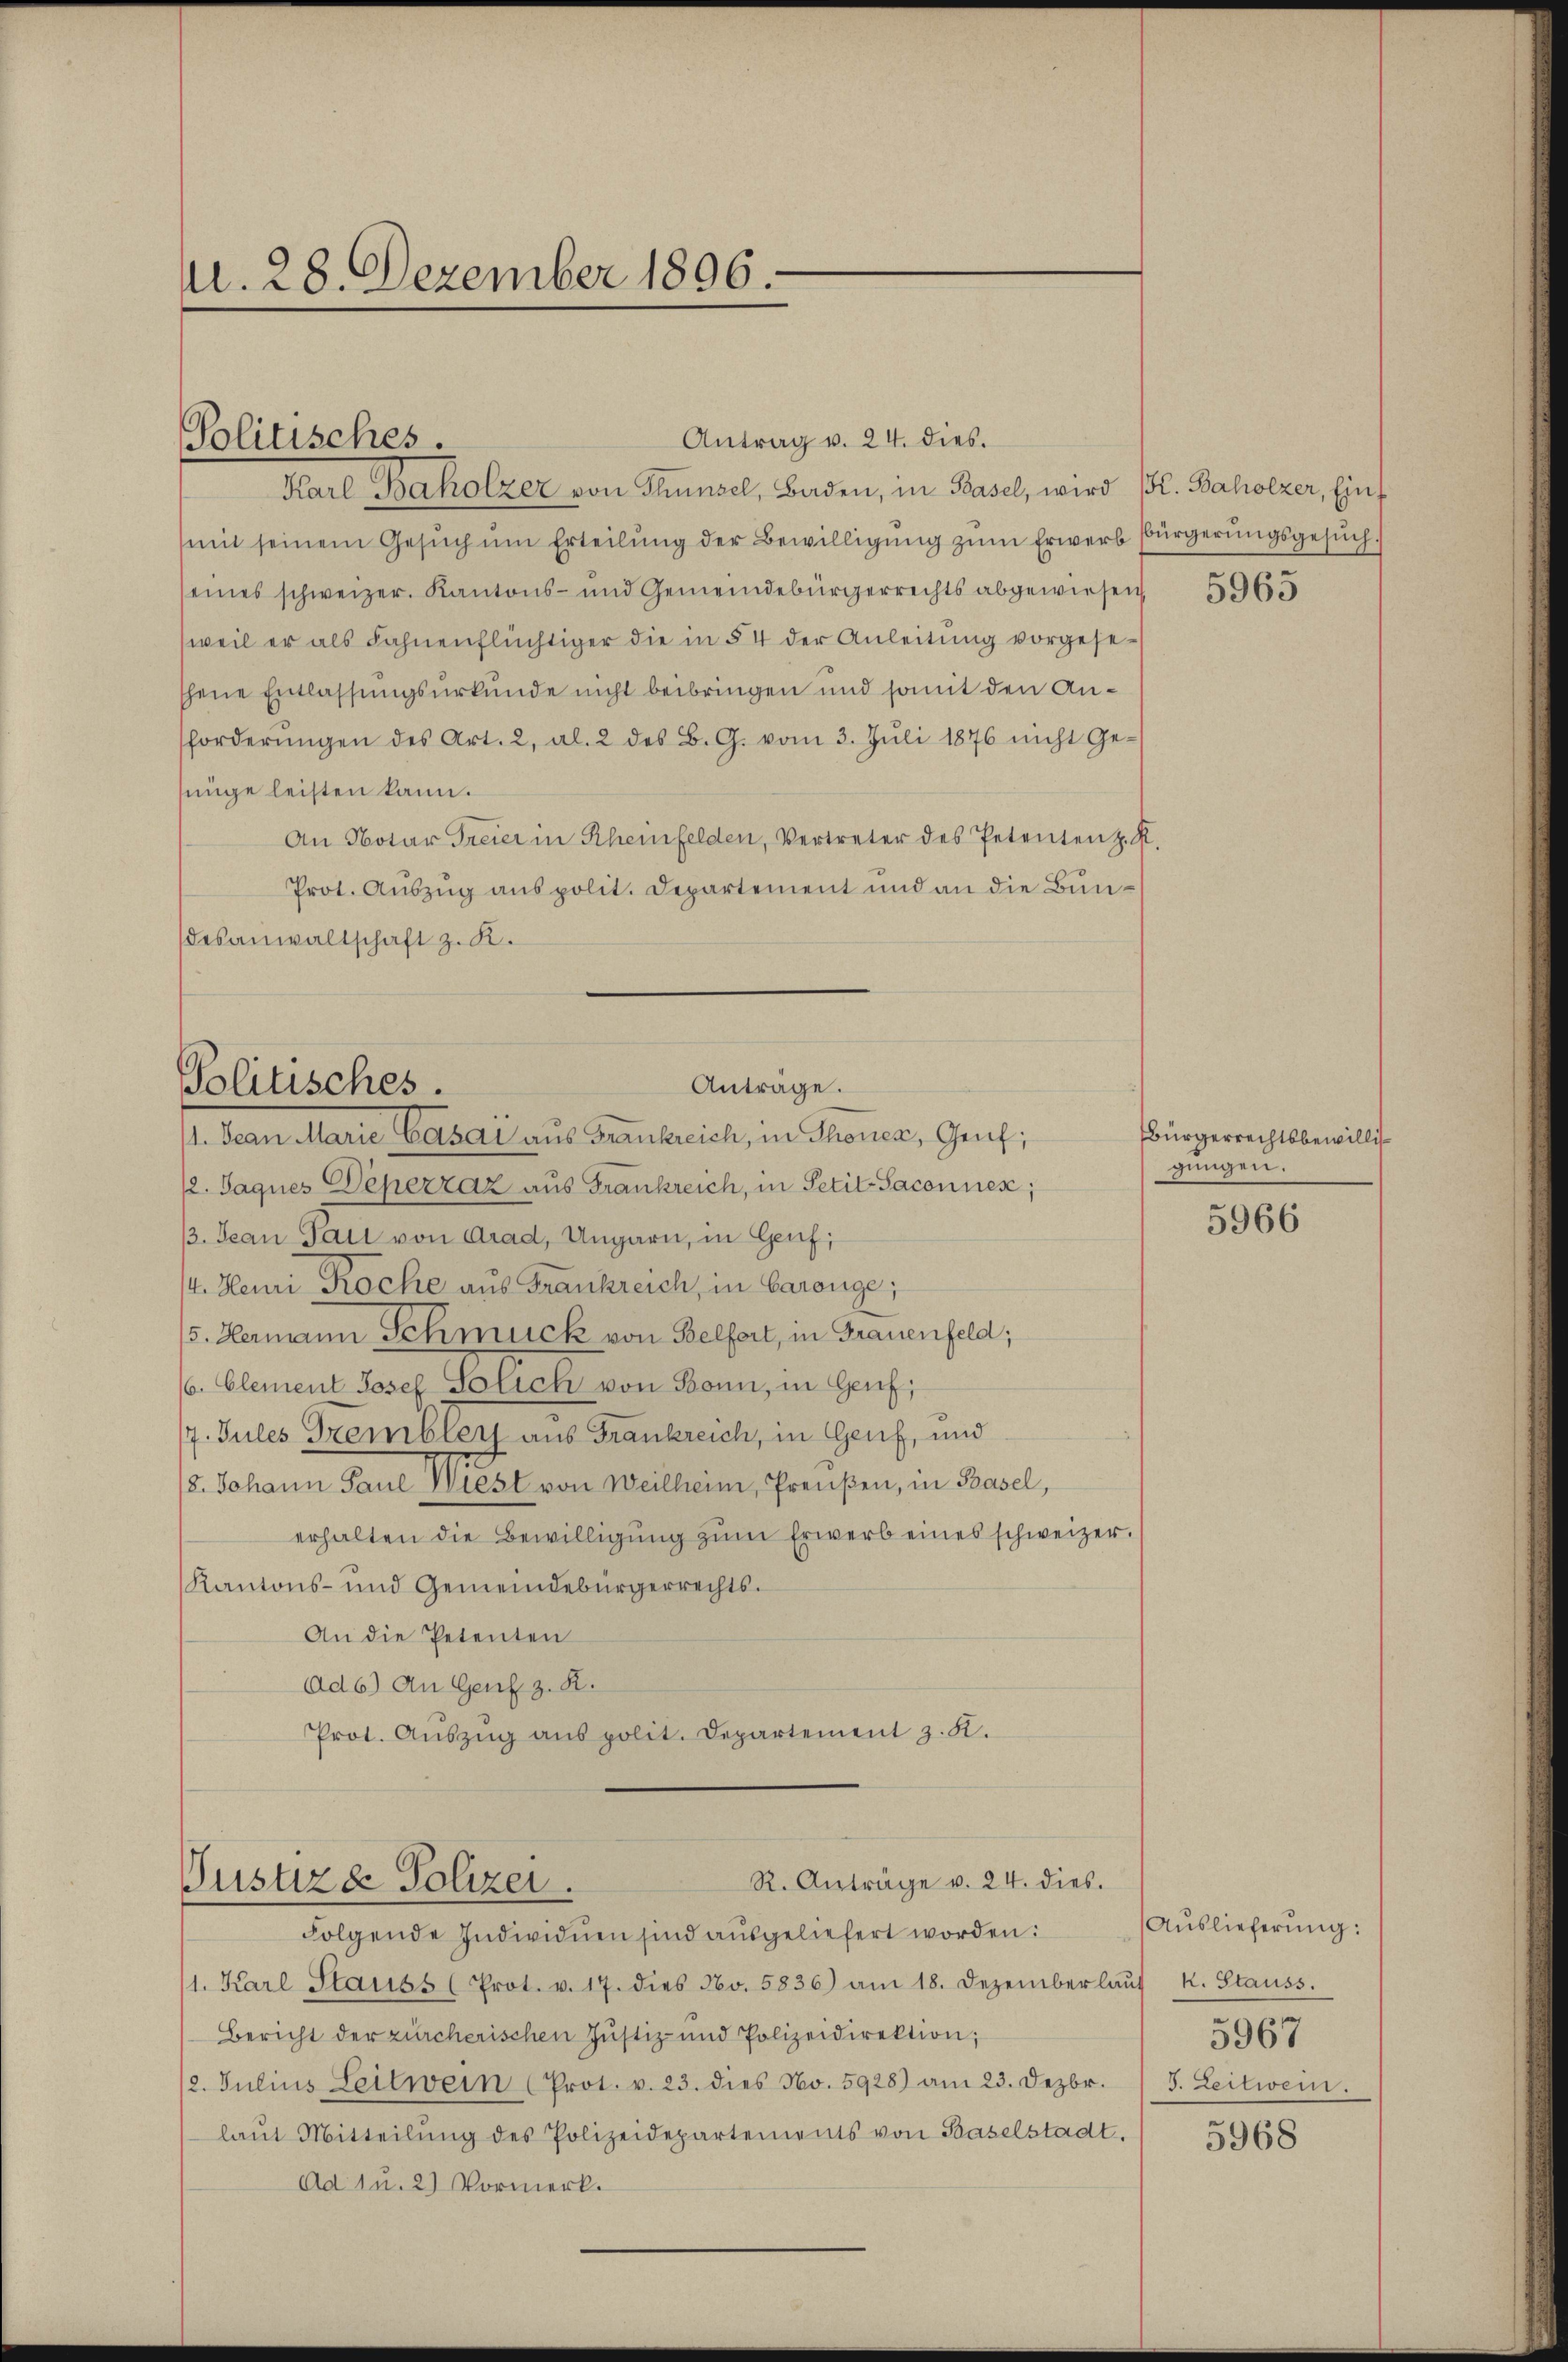
A. 28. Dezember 1896.

Antrag v. 24. dies.
Karl Baholzer von Thunsel, Baden, in Basel, wird l. Baholzer, Eins
mit seinem Gesŭch ŭm Erteilŭng der Bewilligŭng zŭm Erwerb Bürgerŭngsgesŭch,
seines schweizer. Kantons- und Gemeindebürgerrechts abgewiesen
weil er als Fahnenflüchtiger die in § 4 der Anleitung vorgesethene Entlassungsurkunde nicht beibringen und somit den Anforderŭngen des Art. 2, Al. 2 des B. G. vom 3. Jŭli 1876 nicht Ge-
senge leisten kann.
An Notar Freier in Rheinfelden, Vertreter des Petentenz. R.
Prot. Auszug aus polit. Departement und an die Bundesanwaltschaft z. K.

Politisches.

Anträge.
Politisches.

R. Anträge v. 24. dies.
Justizd Polizei.

. San Marie Basai aus Frankreich, in Thoner, Genf;
12. Jaques Depezzaz aus Frankreich, in Petit-Saconues;
3. Jean Fall von Grad, Ungarn, in Genf;
/4. Heui Rocke aus Frankreich, in Garange;
5. Hermann Schmuck von Belfort, in Frauenfeld;
6. Clement Josef Solich von Bonn, in Genf;
7. Jules Gremblers aus Frankreich, in Genf, und
/8. Johann Paul Wiest von Weilheim, Preußen, in Basel,
erhalten die Bewilligung zŭm Erwerb eines schweizer.
Kantons- und Gemeindebürgerrechts¬
An die Petenten
Ad6) An Genf z. R.
Prot. Aŭszŭg ans polit. Departement z. K.

Folgende Individuen sind aŭsgeliefert worden:
1. Karl Stauss (Prot. v. 17. dies No. 5836) am 18. Dezemberlaŭf k. Stauss
Bericht der zürcherischen Justiz- und Polizeidirektion;
2. Julius Leitwein (Prot. v. 23. dies No. 5928) am 23. Dezbr. 15. Leitwein.
laŭt Mitteilŭng des Polizeidepartements von Baselstadt.
Ad 1 u. 2) Vormerk.

5965

Bürgerrechtsbewillisgungen.

5966

Auslieferung:
5967

5968